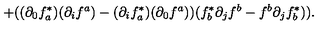
+ ( ( \partial _ { 0 } f _ { a } ^ { * } ) ( \partial _ { i } f ^ { a } ) - ( \partial _ { i } f _ { a } ^ { * } ) ( \partial _ { 0 } f ^ { a } ) ) ( f _ { b } ^ { * } \partial _ { j } f ^ { b } - f ^ { b } \partial _ { j } f _ { b } ^ { * } ) ) .